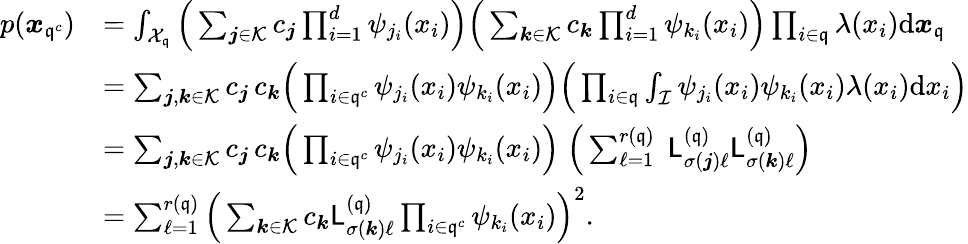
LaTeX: \begin{array}{rl}{p({\boldsymbol x}_{{\mathfrak{q}}^{c}})}&{=\int_{\mathcal{X}_{\mathfrak{q}}}\Big(\sum_{{\boldsymbol j}\in\mathcal{K}}c_{{\boldsymbol j}}\prod_{i=1}^{d}\psi_{j_{i}}(x_{i})\Big)\Big(\sum_{{\boldsymbol k}\in\mathcal{K}}c_{{\boldsymbol k}}\prod_{i=1}^{d}\psi_{k_{i}}(x_{i})\Big)\prod_{i\in{\mathfrak{q}}}\lambda(x_{i}){\mathrm{d}}{\boldsymbol x}_{\mathfrak{q}}}\\ &{=\sum_{{\boldsymbol j},{\boldsymbol k}\in\mathcal{K}}c_{{\boldsymbol j}}\, c_{{\boldsymbol k}}\Big(\prod_{i\in{\mathfrak{q}}^{c}}\psi_{j_{i}}(x_{i})\psi_{k_{i}}(x_{i})\Big)\Big(\prod_{i\in{\mathfrak{q}}}\int_{\mathcal{I}}\psi_{j_{i}}(x_{i})\psi_{k_{i}}(x_{i})\lambda(x_{i}){\mathrm{d}}x_{i}\Big)}\\ &{=\sum_{{\boldsymbol j},{\boldsymbol k}\in\mathcal{K}}c_{{\boldsymbol j}}\, c_{{\boldsymbol k}}\Big(\prod_{i\in{\mathfrak{q}}^{c}}\psi_{j_{i}}(x_{i})\psi_{k_{i}}(x_{i})\Big)\; \Big(\sum_{\ell=1}^{r({\mathfrak{q}})}\; \mathsf L_{\sigma({\boldsymbol j})\ell}^{({\mathfrak{q}})}\mathsf L_{\sigma({\boldsymbol k})\ell}^{({\mathfrak{q}})}\Big)}\\ &{=\sum_{\ell=1}^{r({\mathfrak{q}})}\Big(\sum_{{\boldsymbol k}\in\mathcal{K}}c_{{\boldsymbol k}}\mathsf L_{\sigma({\boldsymbol k})\ell}^{({\mathfrak{q}})}\prod_{i\in{\mathfrak{q}}^{c}}\psi_{k_{i}}(x_{i})\Big)^{2}.}\end{array}